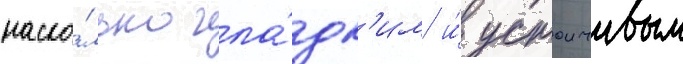
наско́лько гла́дк'им и́ устоичивым